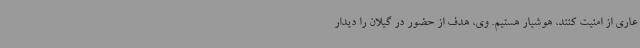
عاری از امنیت کنند، هوشیار هستیم. وی، هدف از حضور در گیلان را دیدار